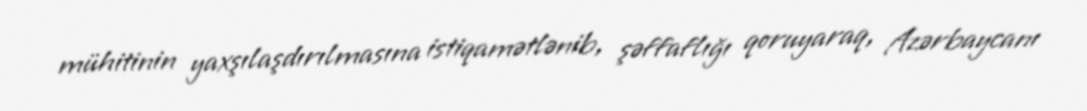
mühitinin yaxşılaşdırılmasına istiqamətlənib, şəffaflığı qoruyaraq, Azərbaycanı